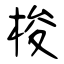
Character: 梭